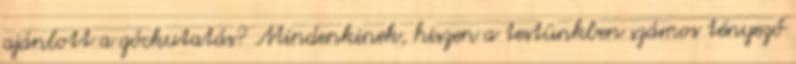
ajánlott a góckutatás? Mindenkinek, hiszen a testünkben számos tényező